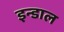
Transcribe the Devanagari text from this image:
इन्डाल